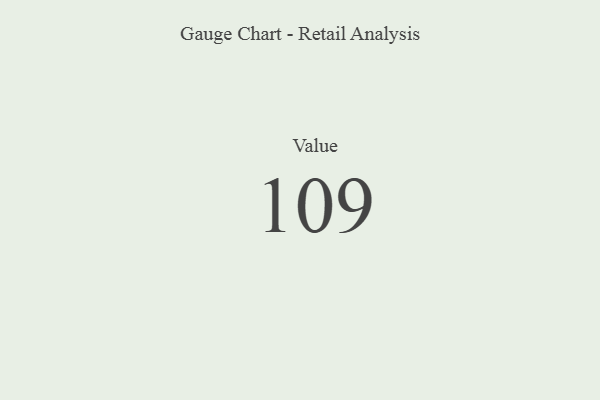
{"axis": {"x": "Metric", "y": "Value"}, "legend": [""], "data": [{"x": "Value", "y": 109, "type": ""}]}